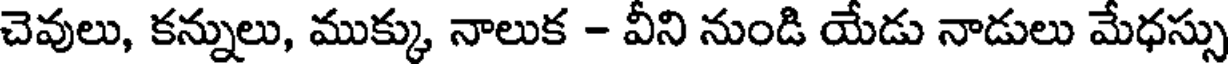
చెవులు, కన్నులు, ముక్కు నాలుక - వీని నుండి యేడు నాడులు మేధస్సు